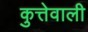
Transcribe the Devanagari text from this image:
कुत्तेवाली